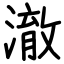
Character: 澈